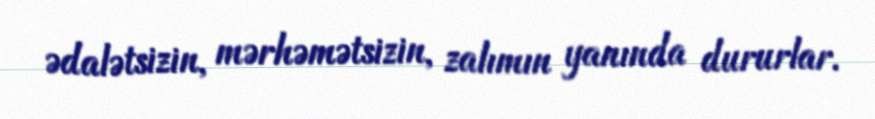
ədalətsizin, mərhəmətsizin, zalımın yanında dururlar.